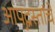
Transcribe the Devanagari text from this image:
आपद्ग्रस्तांचे